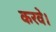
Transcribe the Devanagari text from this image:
करवे।